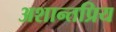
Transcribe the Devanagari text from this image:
अशान्तप्रिय